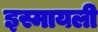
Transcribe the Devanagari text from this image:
इस्मायली